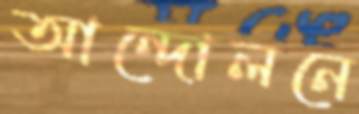
আন্দোলনে